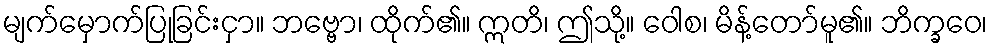
မျက်မှောက်ပြုခြင်းငှာ။ ဘဗ္ဗော၊ ထိုက်၏။ ဣတိ၊ ဤသို့။ ဝေါစ၊ မိန့်တော်မူ၏။ ဘိက္ခဝေ၊